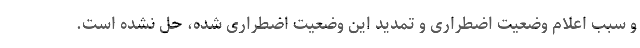
و سبب اعلام وضعیت اضطراری و تمدید این وضعیت اضطراری شده، حل نشده است.